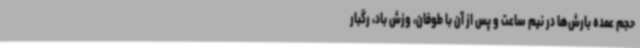
حجم عمده بارش‌ها در نیم‌ ساعت و پس از آن با طوفان، وزش باد، رگبار